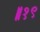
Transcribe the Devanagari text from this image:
॥१९